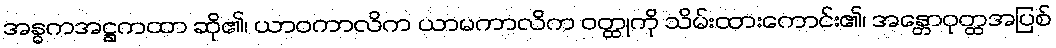
အန္ဓကအဋ္ဌကထာ ဆို၏၊ ယာဝကာလိက ယာမကာလိက ဝတ္ထုကို သိမ်းထားကောင်း၏၊ အန္တောဝုတ္ထအပြစ်